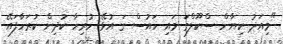
"މިއަދު ކިޔާން ސްކޫލްގަ މައި ހައުސް ގަ އުޅޭ ހުރިހާ ކުދިން ކުރަހާފައޭ